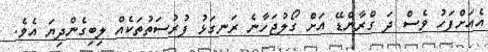
އެއަށްފަހު ވެސް ދަ ގްރާންޑޭ އަށް ގޯލުޖަހާނެ ރަނގަޅު ފުރުސަތުތަކެއް ލިބިގެންދިޔަ އެވެ.